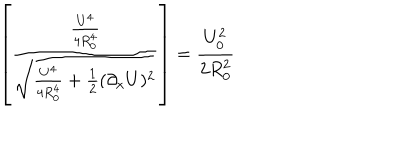
\left[ { \frac { \frac { U ^ { 4 } } { 4 R _ { 0 } ^ { 4 } } } { \sqrt { { \frac { U ^ { 4 } } { 4 R _ { 0 } ^ { 4 } } } + { \frac { 1 } { 2 } } ( \partial _ { x } U ) ^ { 2 } } } } \right] = { \frac { U _ { 0 } ^ { 2 } } { 2 R _ { 0 } ^ { 2 } } }